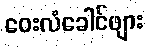
ဝေးလံခေါင်ဖျား